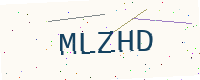
Text: MLZHD